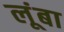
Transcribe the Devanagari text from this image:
लूंबा